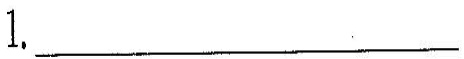
1.___